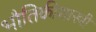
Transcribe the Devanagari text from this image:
भौतिकीशास्त्री